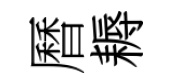
曆耨